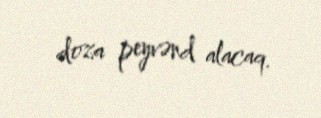
doza peyvənd alacaq.